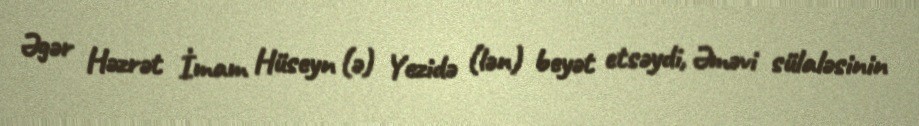
Əgər Həzrət İmam Hüseyn (ə) Yezidə (lən) beyət etsəydi, Əməvi sülaləsinin